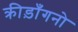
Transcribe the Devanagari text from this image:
क्रीड़ाँगनो